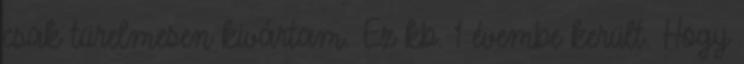
csak türelmesen kivártam. Ez kb. 1 évembe került. Hogy